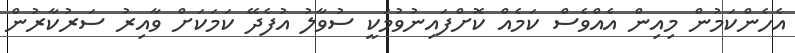
އެހެންކަމުން މިއިން އެއްވެސް ކަމެއް ކޮށްފައިނުވުމަކީ ސުވާލު އުފެދޭ ކަމަކަށް ވާއިރު ސަރުކާރުން